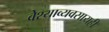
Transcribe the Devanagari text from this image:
वेश्याव्यवसायही